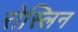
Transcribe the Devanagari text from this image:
रोस्लिन